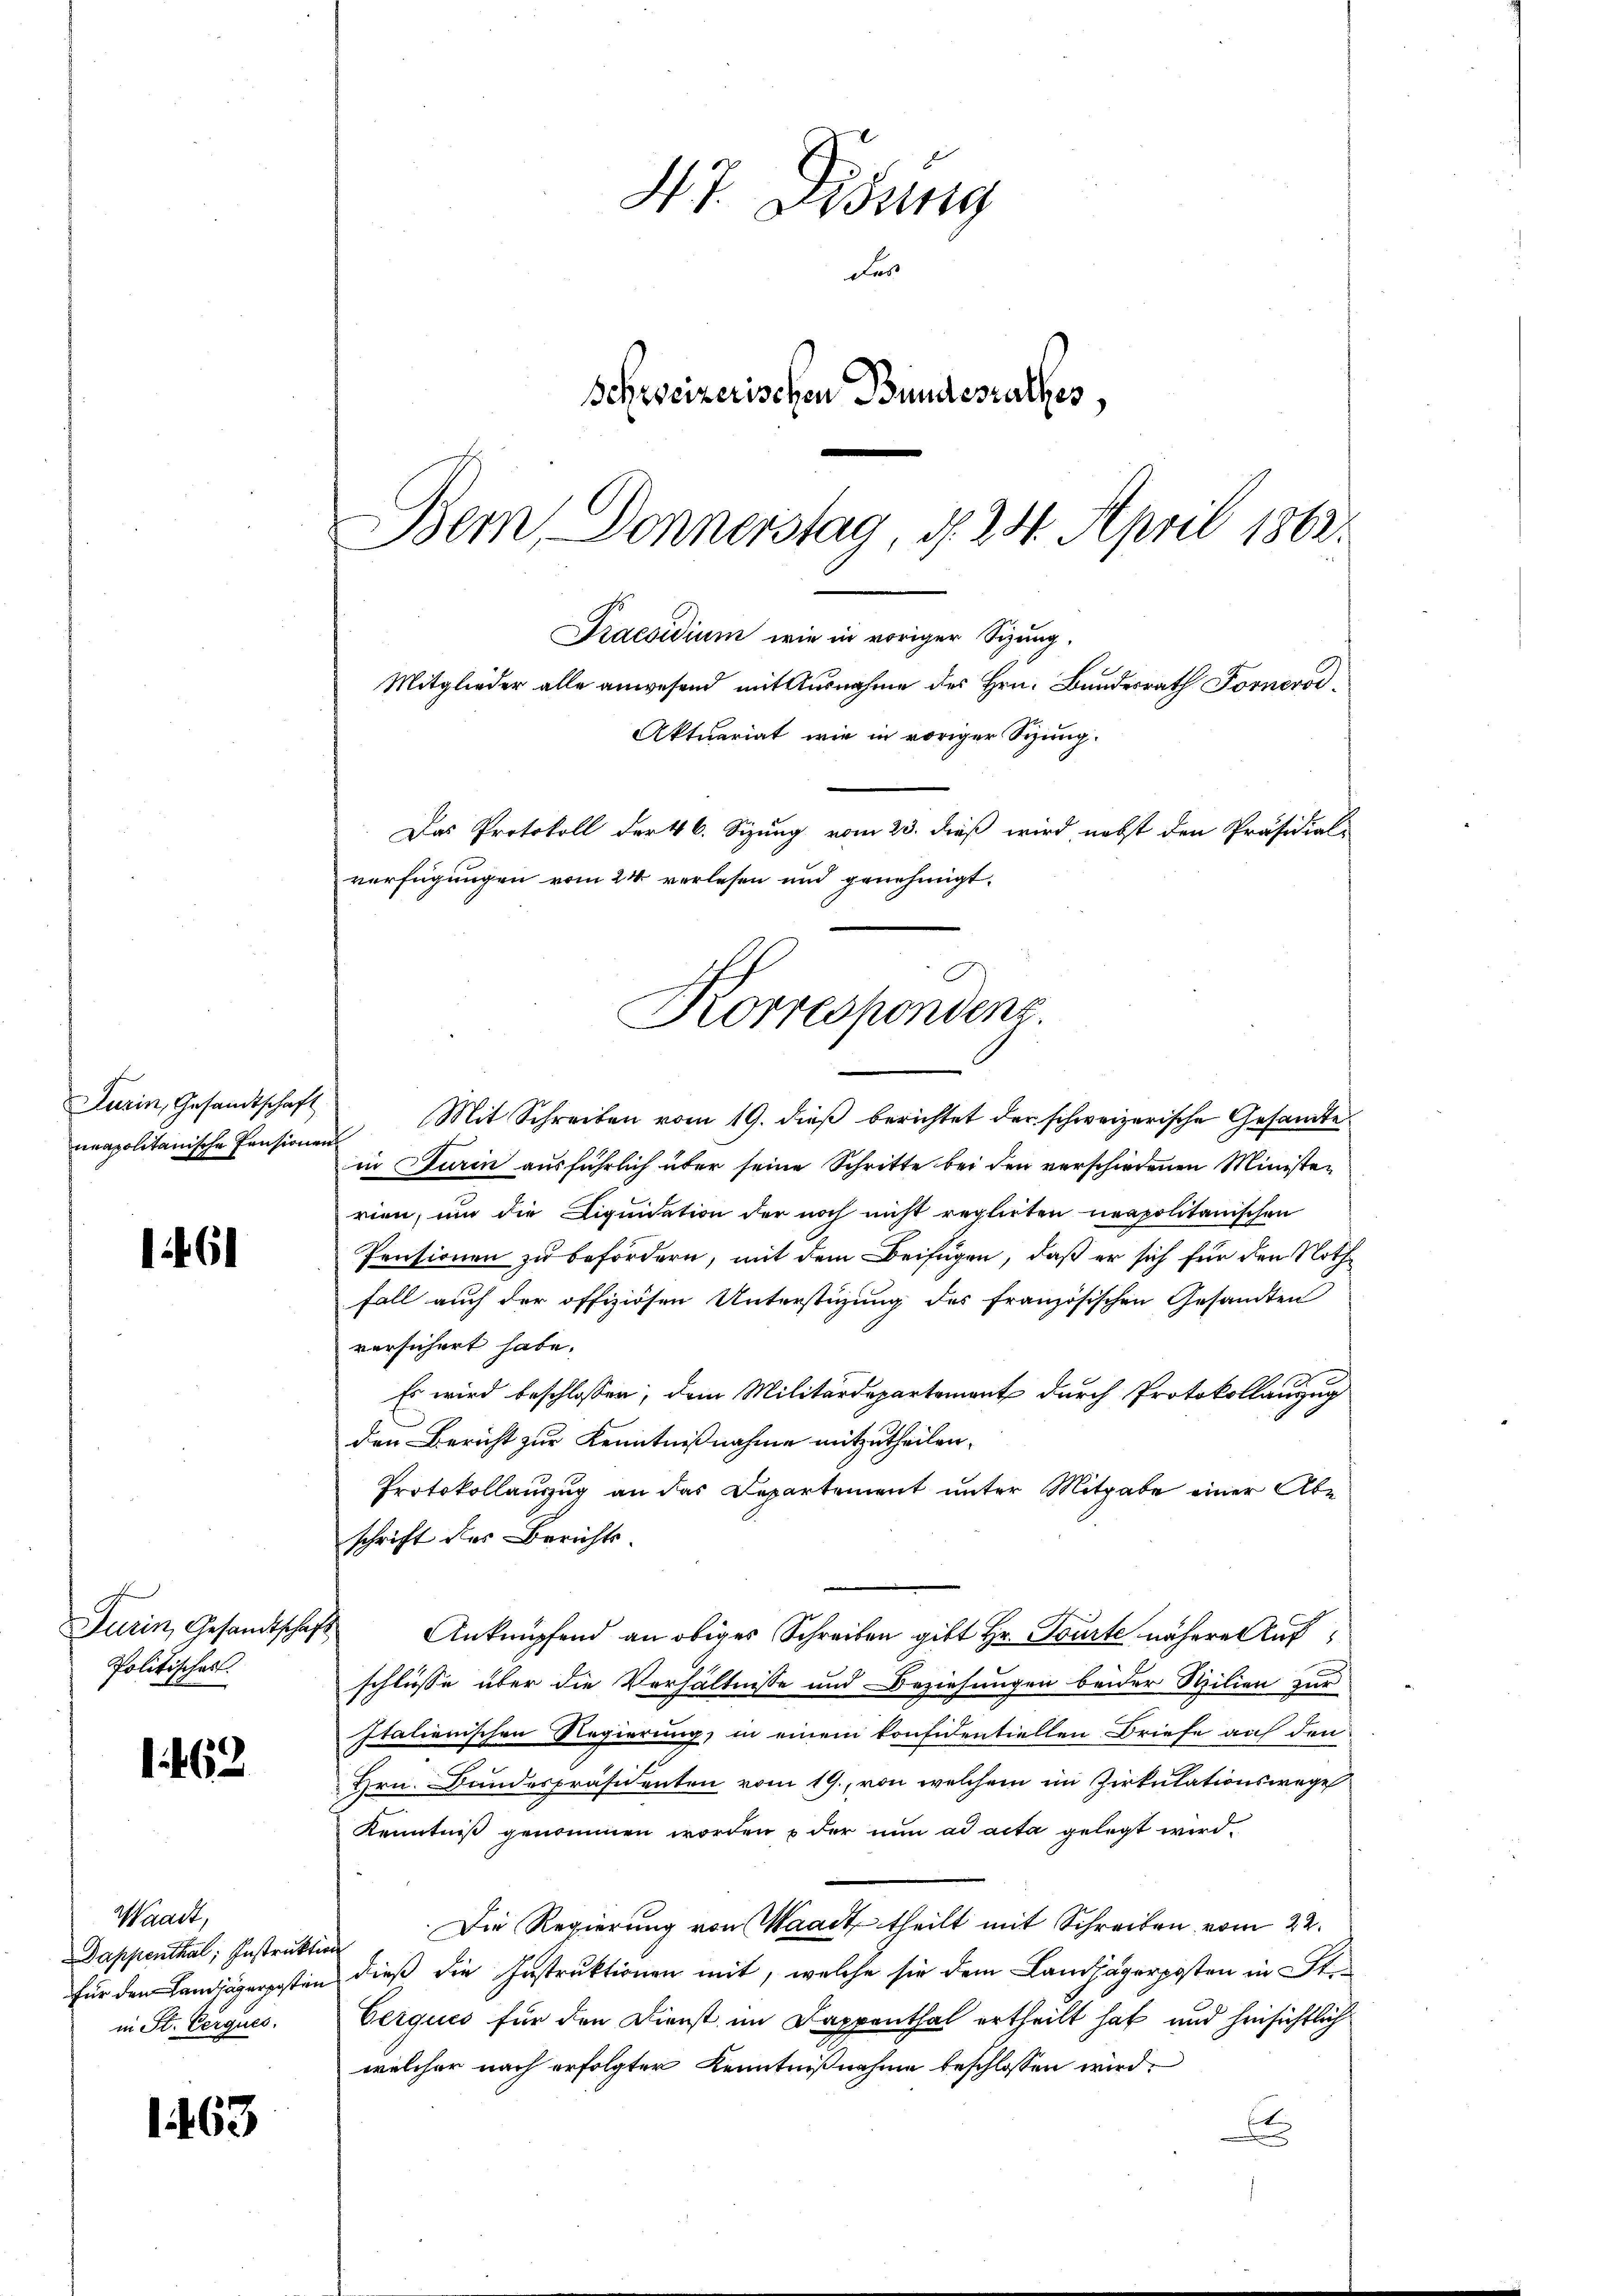
161

1462

1463

Furin, Gesandtschaft
neapolitanische Pensionens

Furin, Gesandtschaft
Politisches.

47. Disung
er
Schweizerischen Bundesrathes,
Bem Donnerstag, d. 24. April 1862.

Praesidium, wie in voriger Sitzung,
Mitglieder alle anwesend mit Ausnahme des Hrn. Bundesrath Fornerod¬
Aktuariat wie in voriger Spung.
Das Protokoll der 16. Sizung vom 23. dieß wird, nebst den Präsidial-
verfügungen vom 24 verlesen und genehmigt.
Korrespondenz.

Mit Schreiben vom 19. dieß berichtet der schweizerische Gesamte
in Turin ausführlich über seine Schritte bei den verschiedenen Ministen
rien, um die Liquidation der noch nicht reglirten neapolitanischen
Pensionen zu befördern, mit dem Beifügen, daß er sich für den Noth¬
Fall auch der offiziösen Unterstüzung des französischen Gesandten
versichert habe.
Es wird beschlossen, dem Militärdepartement durch Protokollauszug
den Bericht zur Kenntnißnahme mitzutheilen.
Protokollauszug an das Departement unter Mitgabe einer Abe
schrift des Berichts.
Anknüpfend an obiges Schreiben gibt Hr. Tourte nähere Aufschlüsse über die Verhältnisse und Beziehungen beider Stilien zur
Italienischen Regierung, in einem konfidentiellen Briefe auf den
Hrn. Bandespräsidenten vom 19., von welchem im Zirkulationswege
Kenntniß genommen worden & der nun ad acta gelegt wird.
Dappenthal, Instruktion. Die Regierung von Waadt, theilt mit Schreiben vom 22.
für den Landjägerposten dieß die Instruktionen mit, welche sie dem Landjägerposten in Ste¬
Cerques für den Dienst im Dappenthal ertheilt hat und hinsichtlich
welcher nach erfolgter Kenntnißnahme beschlossen wird,
x

Waadt,
in St. Gerques.